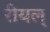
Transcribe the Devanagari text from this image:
रीयल्